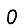
Digit: 0